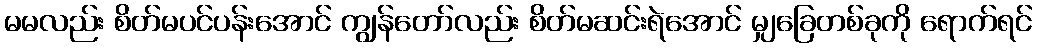
မမလည်း စိတ်မပင်ပန်းအောင် ကျွန်တော်လည်း စိတ်မဆင်းရဲအောင် မျှခြေတစ်ခုကို ရောက်ရင်